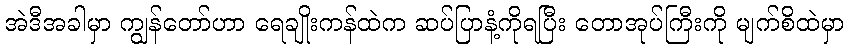
အဲဒီအခါမှာ ကျွန်တော်ဟာ ရေချိုးကန်ထဲက ဆပ်ပြာနံ့ကိုရပြီး တောအုပ်ကြီးကို မျက်စိထဲမှာ